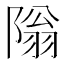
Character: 𫕎